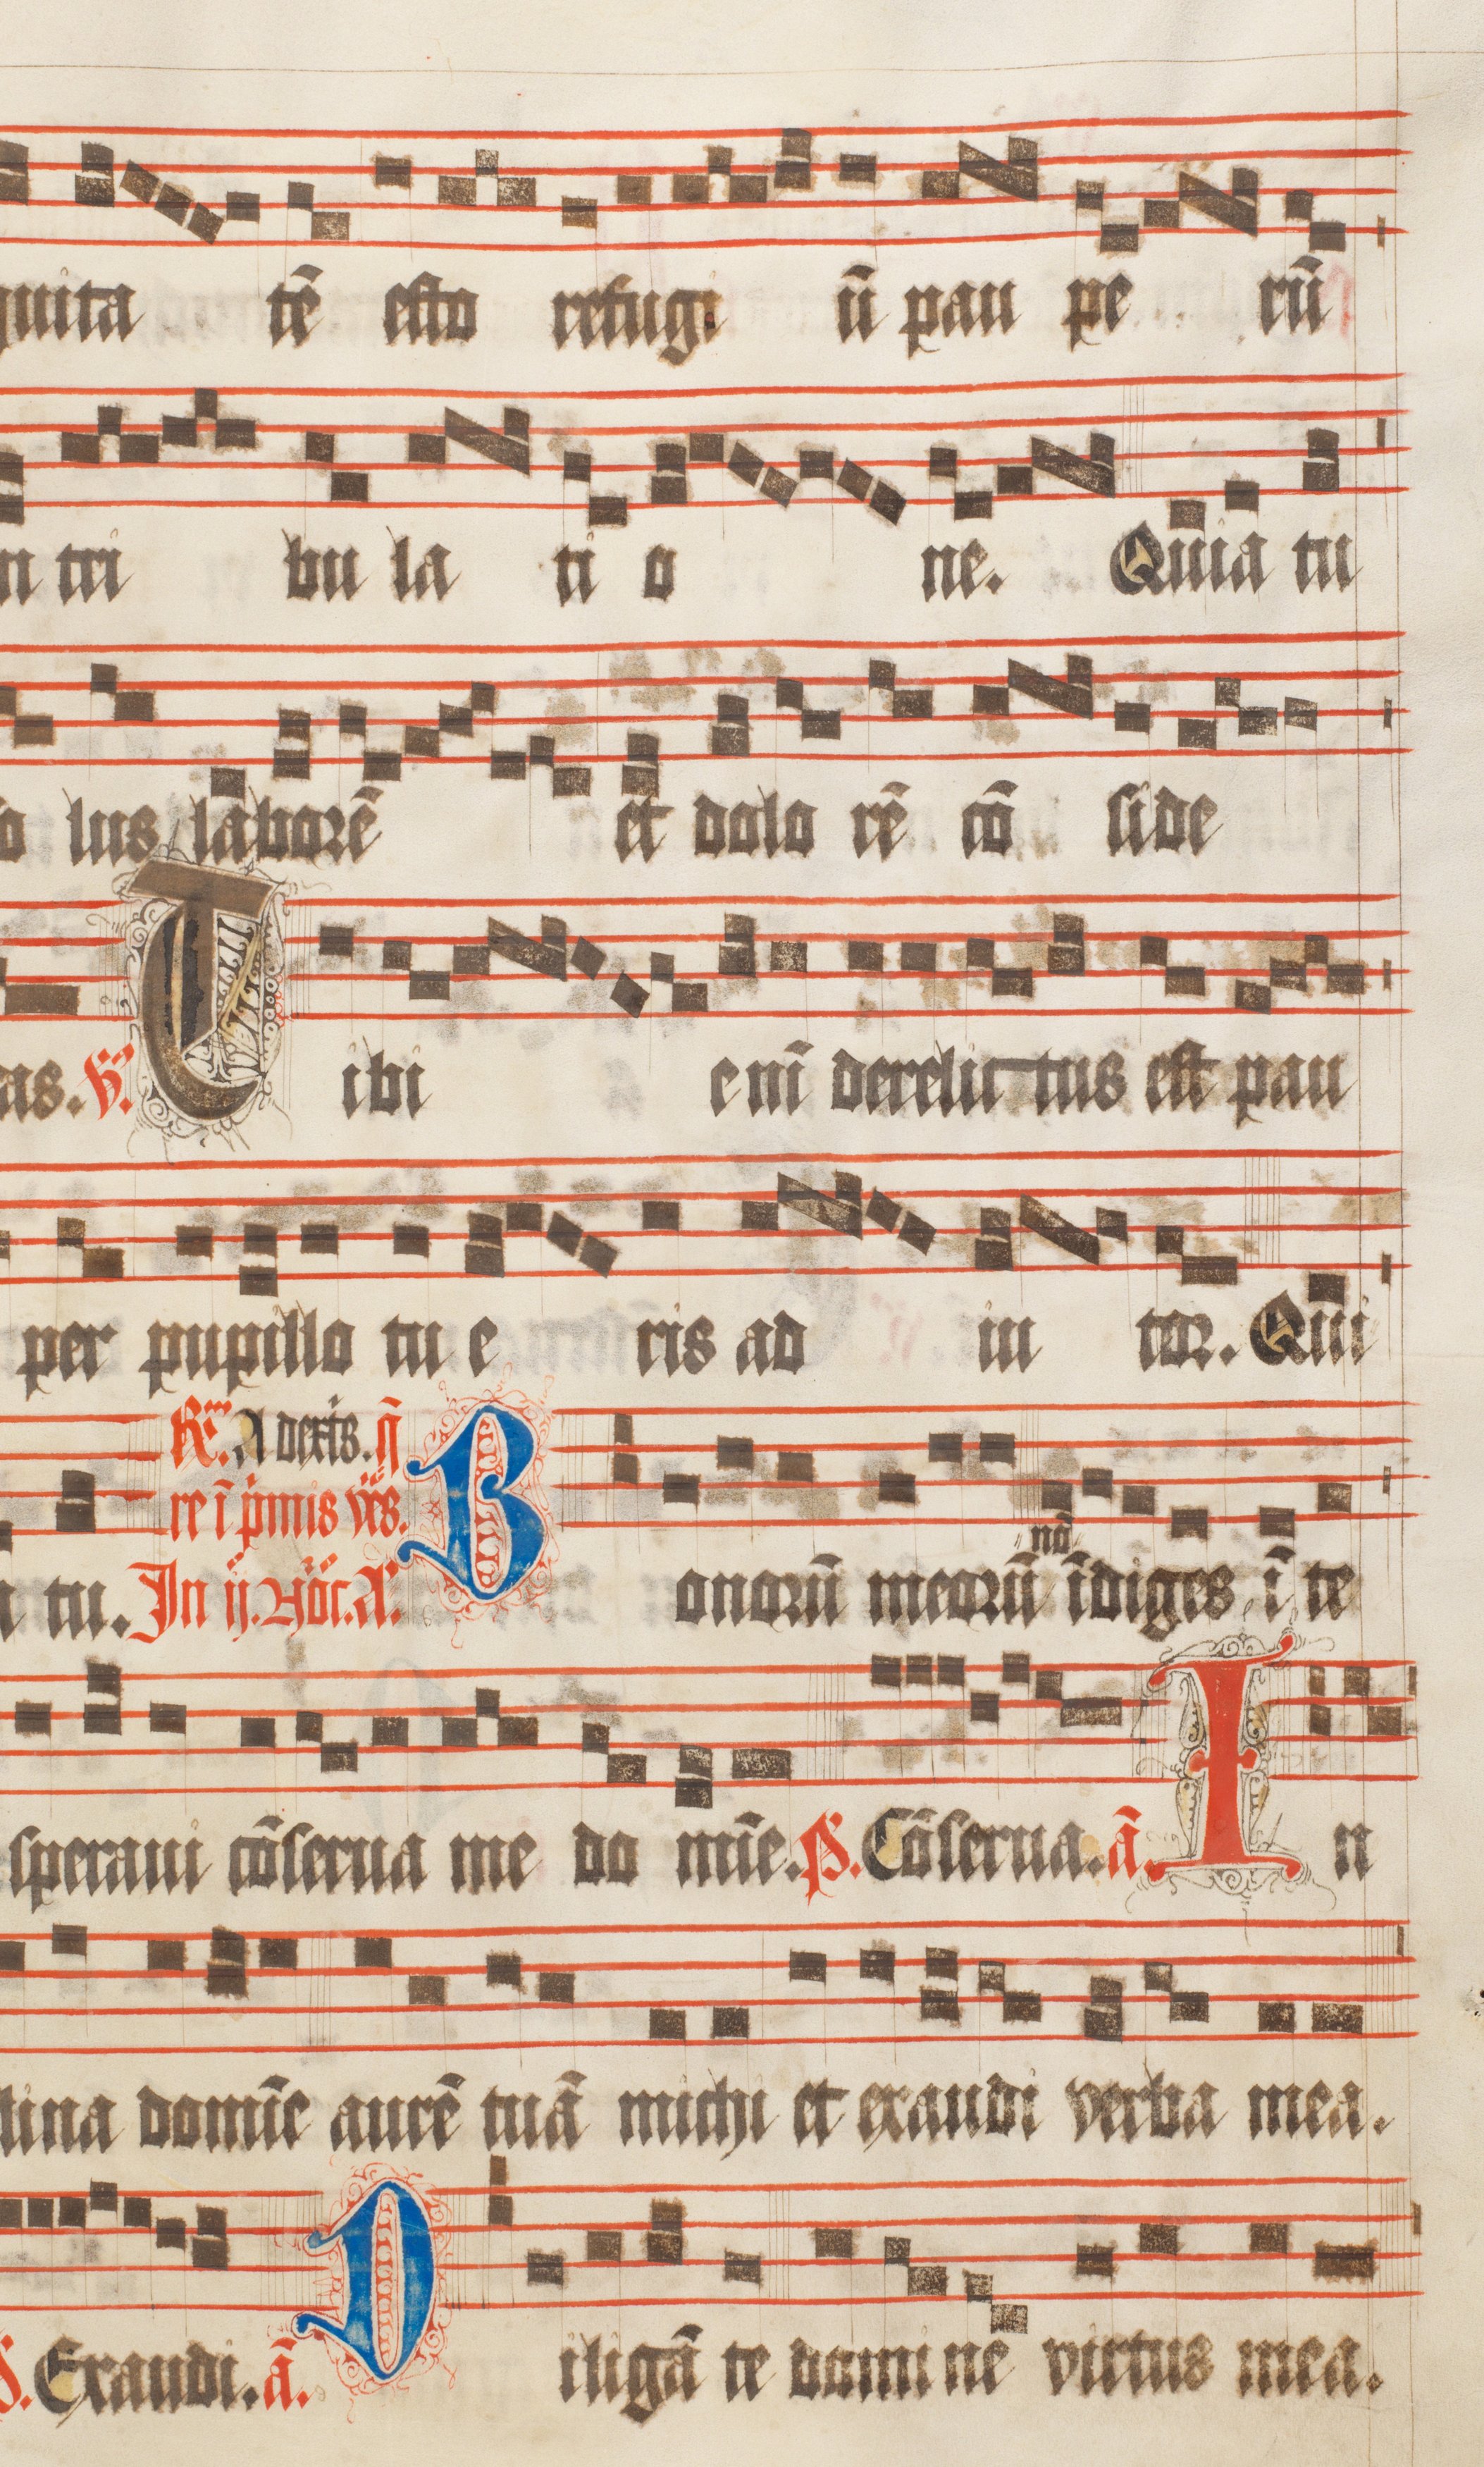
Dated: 1511–1517